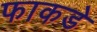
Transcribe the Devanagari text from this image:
फाकडे